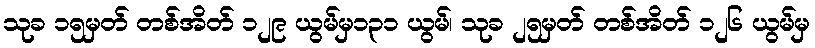
သုခ ၁၅မှတ် တစ်အိတ် ၁၂၉ ယွမ်မှ၁၃၁ ယွမ်၊ သုခ ၂၅မှတ် တစ်အိတ် ၁၂၆ ယွမ်မှ